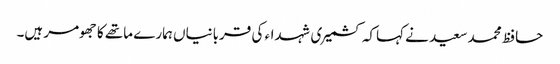
حافظ محمد سعید نے کہاکہ کشمیری شہداء کی قربانیاں ہمارے ماتھے کا جھومر ہیں۔